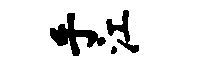
手江